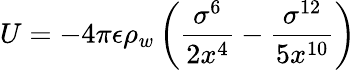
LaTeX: U=-4\pi\epsilon\rho_{w}\left(\frac{\sigma^{6}}{2x^{4}}-\frac{\sigma^{12}}{5x^{10}}\right)